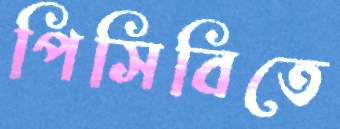
পিসিবিতে